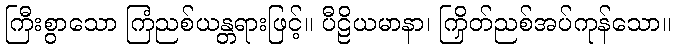
ကြီးစွာသော ကြံညစ်ယန္တရားဖြင့်။ ပီဠိယမာနာ၊ ကြိတ်ညှစ်အပ်ကုန်သော။